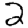
Digit: 2